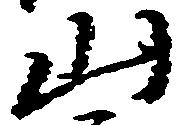
山